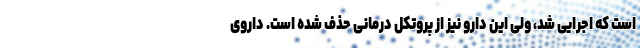
است که اجرایی شد، ولی این دارو نیز از پروتکل درمانی حذف شده است. داروی